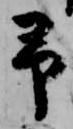
予